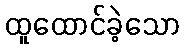
ထူထောင်ခဲ့သော